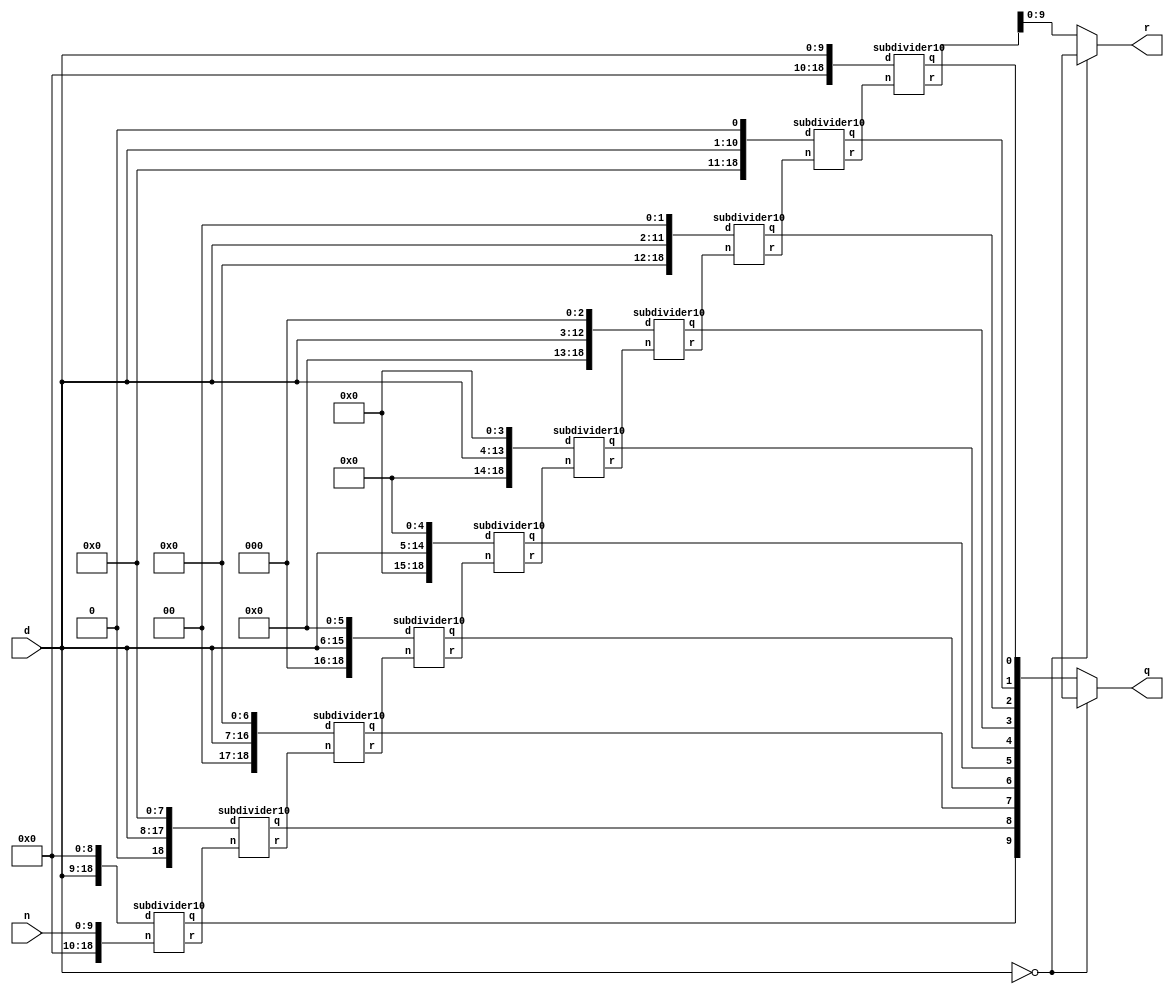
module divider10(n,d,q,r);
	input [9:0] n;
	input [9:0] d;
	output [9:0] q;
	output [9:0] r;

	wire [9:0] q0;
	wire [18:0] r0,r1,r2,r3,r4,r5,r6,r7,r8,r9;

	subdivider10 div0({9'b0,n}, {d,9'b0}, q0[9], r0);
	subdivider10 div1(r0      , {1'b0,d,8'b0}, q0[8], r1);
	subdivider10 div2(r1, {2'b0,d,7'b0}, q0[7], r2);
	subdivider10 div3(r2, {3'b0,d,6'b0}, q0[6], r3);
	subdivider10 div4(r3, {4'b0,d,5'b0}, q0[5], r4);
	subdivider10 div5(r4, {5'b0,d,4'b0}, q0[4], r5);
	subdivider10 div6(r5, {6'b0,d,3'b0}, q0[3], r6);
	subdivider10 div7(r6, {7'b0,d,2'b0}, q0[2], r7);
	subdivider10 div8(r7, {8'b0,d,1'b0}, q0[1], r8);
	subdivider10 div9(r8, {9'b0,d}, q0[0], r9);

	assign q = (d==10'b0) ? 10'bx: q0;
	assign r = (d==10'b0) ? 10'bx: r9[9:0];
endmodule

module subdivider10(n,d,q,r); //compare 19bits
	input [18:0] n;
	input [18:0] d;
	output q;
	output [18:0] r;

	assign q = (n >= d);
	assign r = (q==1) ? n-d : n;
endmodule

module divider10a( rrpast,n,d,q,rr); //specialize divider10 for multistage division
	input [9:0] n,d;
	input [10+9:0] rrpast;
	output [9:0] q;
	output [10+9:0] rr;

	wire [9:0] q0, r;
	wire [18:0] r0,r1,r2,r3,r4,r5,r6,r7,r8,r9;
	wire [18:0] tmp;
	assign tmp = rrpast+n; // tmp[19 -=10] / d == 0 is guaranteed in sequantina division.
	subdivider10 div0( tmp[18:0], {d,9'b0}     , q0[9], r0);
	subdivider10 div1(r0, {1'b0,d,8'b0}, q0[8], r1);
	subdivider10 div2(r1, {2'b0,d,7'b0}, q0[7], r2);
	subdivider10 div3(r2, {3'b0,d,6'b0}, q0[6], r3);
	subdivider10 div4(r3, {4'b0,d,5'b0}, q0[5], r4);
	subdivider10 div5(r4, {5'b0,d,4'b0}, q0[4], r5);
	subdivider10 div6(r5, {6'b0,d,3'b0}, q0[3], r6);
	subdivider10 div7(r6, {7'b0,d,2'b0}, q0[2], r7);
	subdivider10 div8(r7, {8'b0,d,1'b0}, q0[1], r8);
	subdivider10 div9(r8, {9'b0,d}     , q0[0], r9);

	assign q = (d==10'b0) ? 10'bx: q0;
	assign r = (d==10'b0) ? 10'bx: r9[9:0];
	assign rr = r * 10'd1000;
        // assign rr = 0; //TODO!!!
   
endmodule